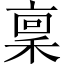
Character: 稟